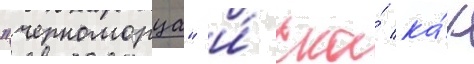
"черноморца" и́ ска́ ка́к